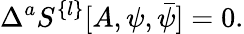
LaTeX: \Delta^{a}S^{\{ l\} }[A,\psi,\bar{\psi}]=0.